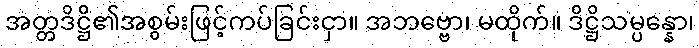
အတ္တဒိဋ္ဌိ၏အစွမ်းဖြင့်ကပ်ခြင်းငှာ။ အဘဗ္ဗော၊ မထိုက်။ ဒိဋ္ဌိသမ္ပန္နော၊